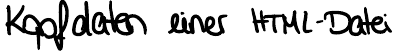
Kopdaten einer HTML-Datei